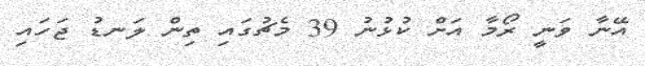
އޭނާ ވަނީ ރޯމާ އަށް ކުޅުނު 39 މެޗުގައި ތިން ލަނޑު ޖަހައި